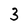
Character: 3